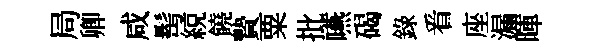
局卿咸髩綂饒贄粟批嚥碣錄㸔座漏暉